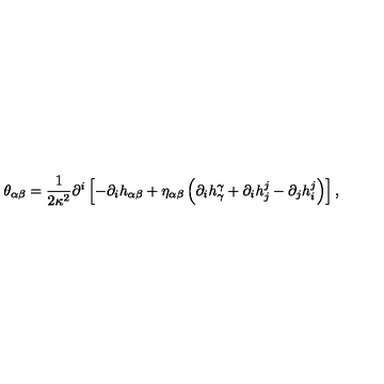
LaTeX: \theta _ { \alpha \beta } = { \frac { 1 } { 2 \kappa ^ { 2 } } } { \partial ^ { i } } \left[ - { \partial _ { i } } { h _ { \alpha \beta } } + { \eta _ { \alpha \beta } } \left( { \partial _ { i } } { h _ { \gamma } ^ { \gamma } } + { \partial _ { i } } { h _ { j } ^ { j } } - { \partial _ { j } } { h _ { i } ^ { j } } \right) \right] ,